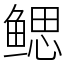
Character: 鳃